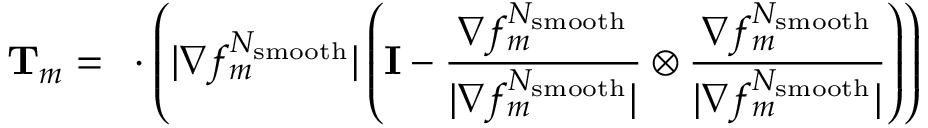
\mathbf { T } _ { m } = \mathbf { \nabla } \cdot \left( | \nabla f _ { m } ^ { N _ { \mathrm { s m o o t h } } } | \left( \mathbf { I } - \frac { \nabla f _ { m } ^ { N _ { \mathrm { s m o o t h } } } } { | \nabla f _ { m } ^ { N _ { \mathrm { s m o o t h } } } | } \otimes \frac { \nabla f _ { m } ^ { N _ { \mathrm { s m o o t h } } } } { | \nabla f _ { m } ^ { N _ { \mathrm { s m o o t h } } } | } \right) \right)